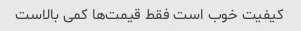
کیفیت خوب است فقط قیمت‌ها کمی بالاست